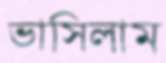
ভাসিলাম